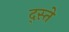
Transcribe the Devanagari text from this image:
द्स्ते